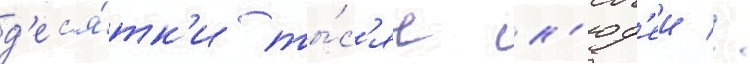
д'ес'я́тк'и ты́с'яч л'юд'еи //